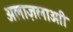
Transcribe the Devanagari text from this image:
अलाज़लाआी